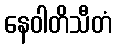
နေဝါတိသီတံ